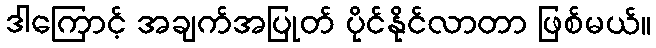
ဒါကြောင့် အချက်အပြုတ် ပိုင်နိုင်လာတာ ဖြစ်မယ်။